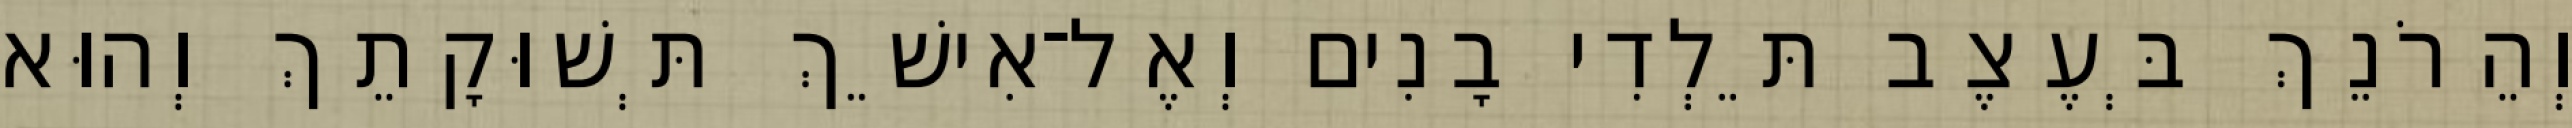
וְהֵרֹנֵךְ בְּעֶצֶב תֵּלְדִי בָנִים וְאֶל־אִישֵׁךְ תְּשׁוּקָתֵךְ וְהוּא